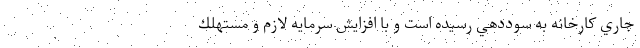
جاري كارخانه به سوددهي رسيده است و با افزايش سرمايه لازم و مستهلك